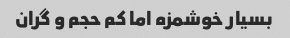
بسیار خوشمزه اما کم حجم و گران